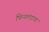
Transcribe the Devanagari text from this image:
फिनलंडाचा